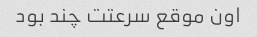
اون موقع سرعتت چند بود